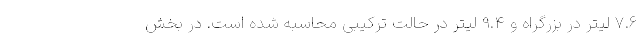
7.6 لیتر در بزرگراه و 9.4 لیتر در حالت ترکیبی محاسبه شده است. در بخش